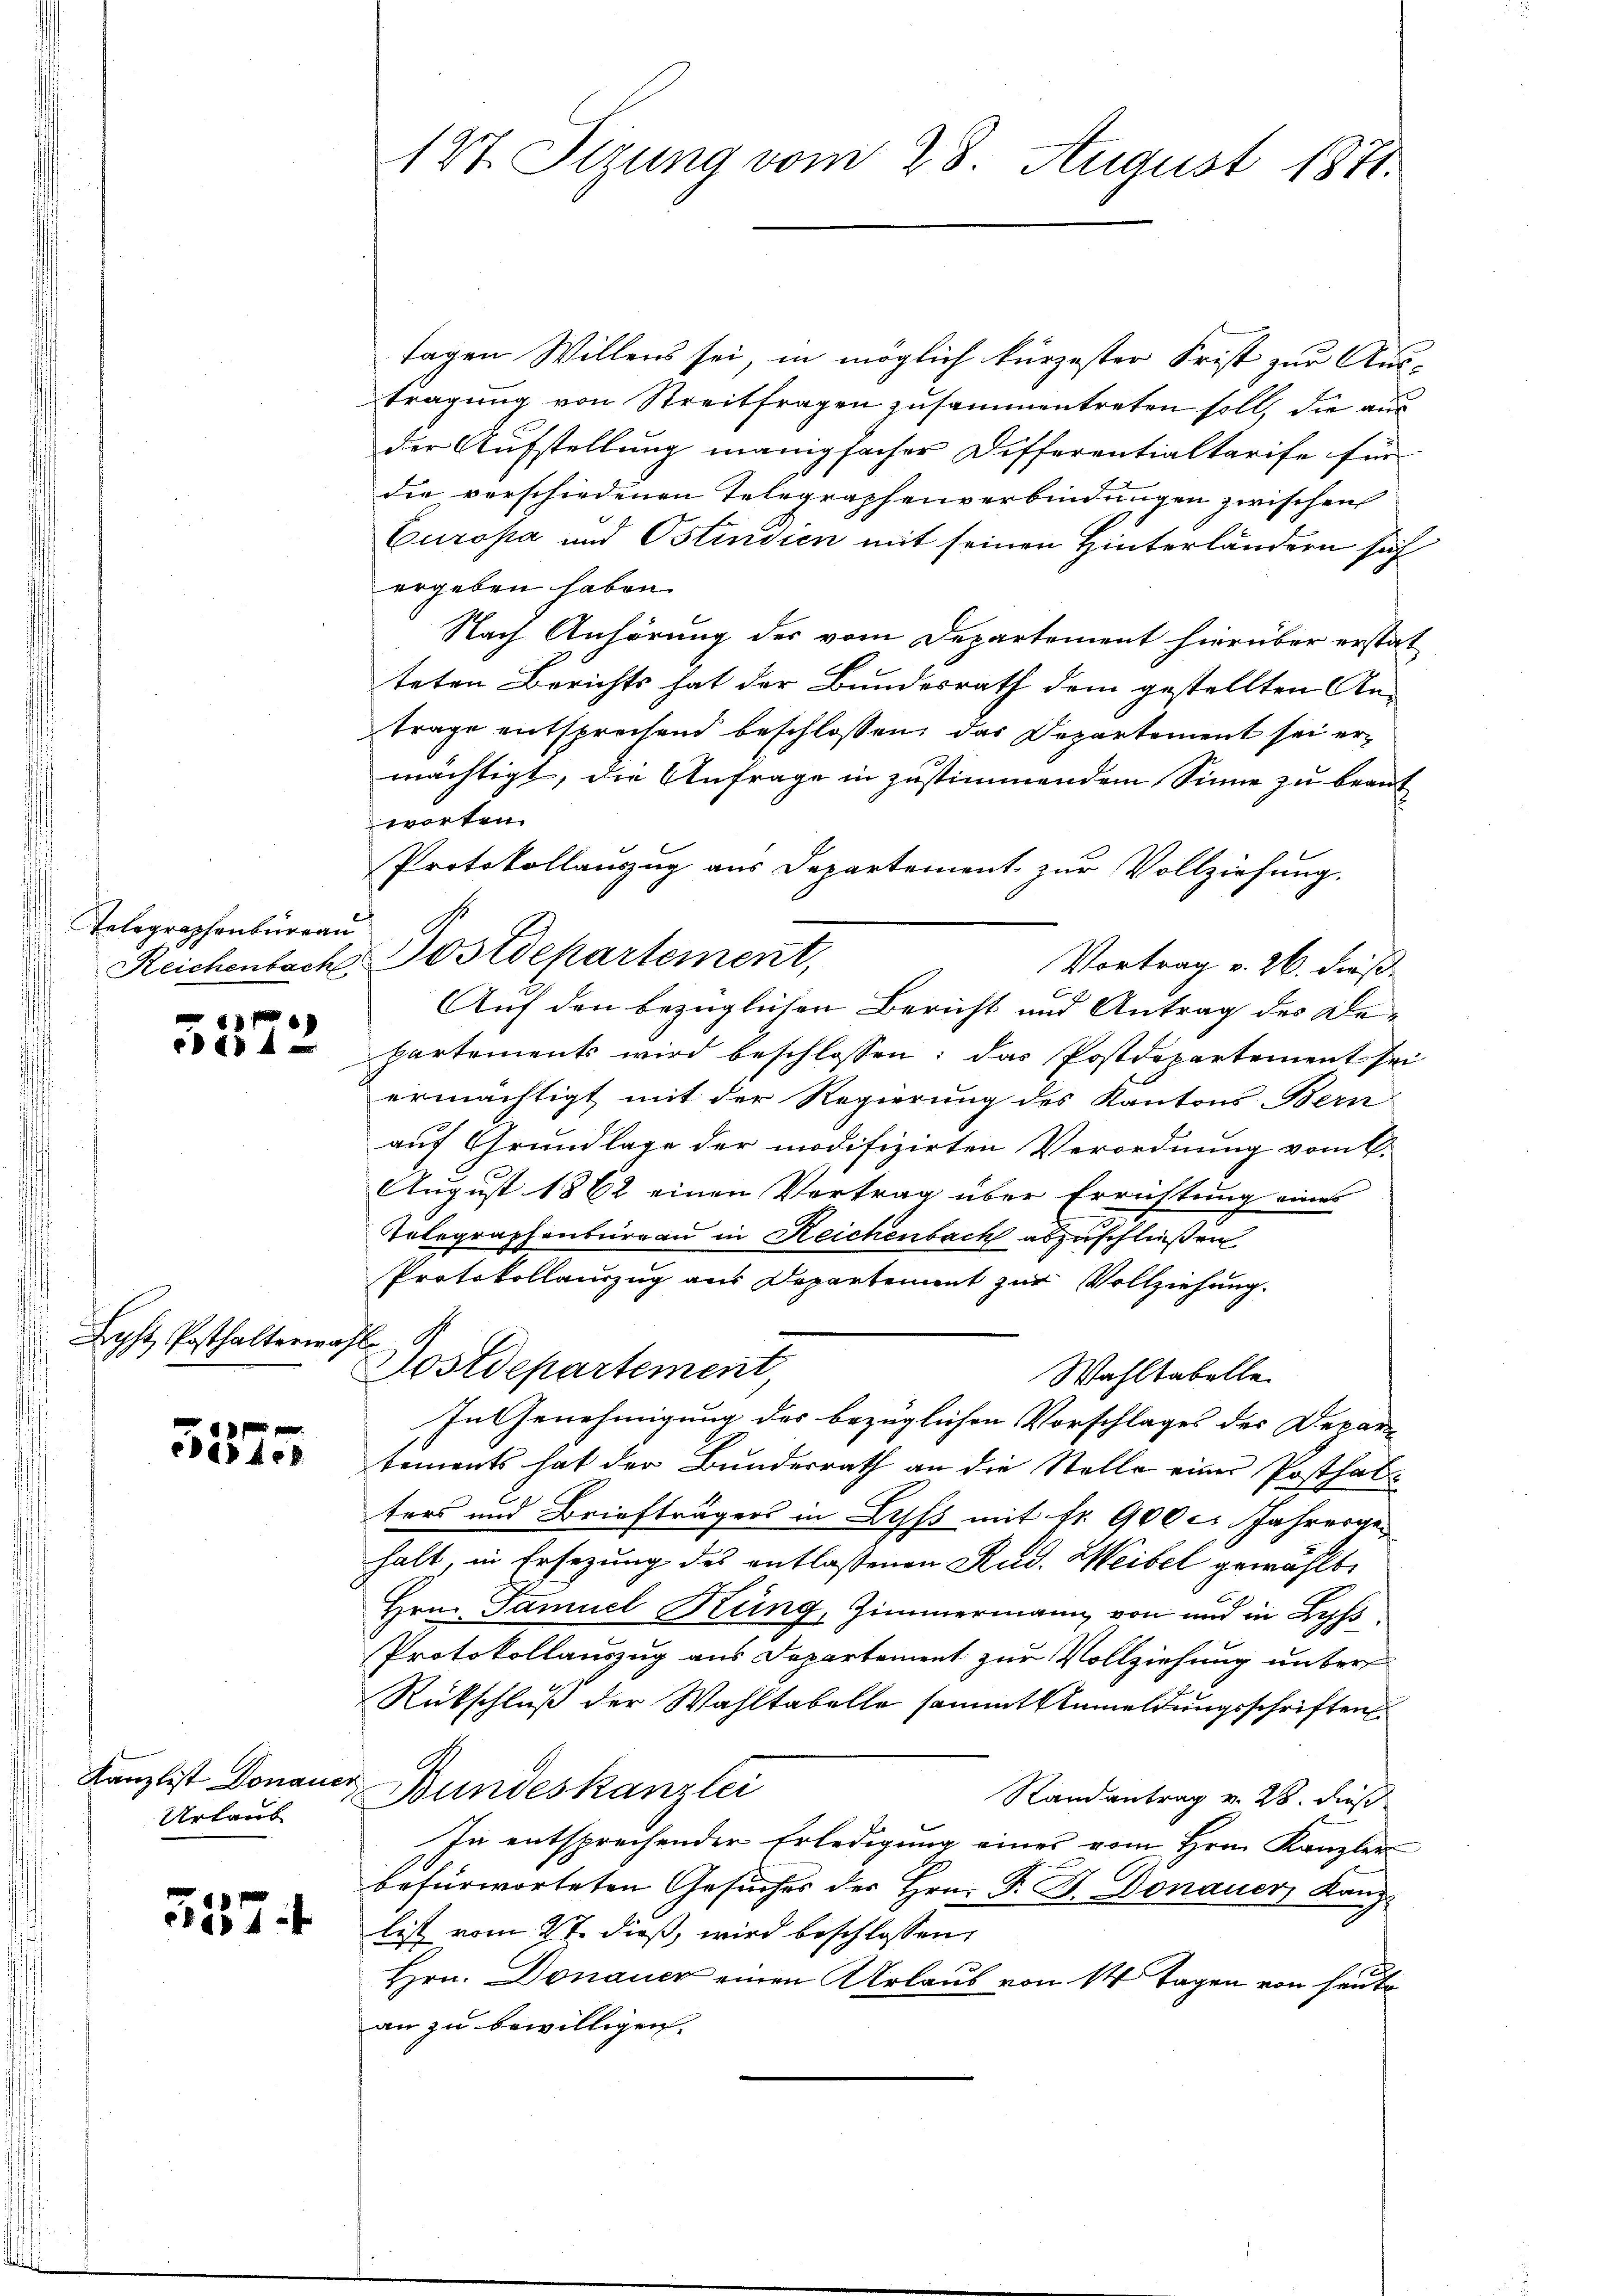
Telegraphenbureau
Reichenbach

« in A

Lyht Posthalterwah

8
ead Ack

Kanzlist Donauer
Urlaub

2574

¬

127. Sizung vom 28. August 1871.

tagen Willens sei, in möglich kürzester Frist zur Aus-
tragung von Streitfragen zusammentreten soll, die ausder Aufstellung manigfacher Differentialtarife für
die verschiedenen Telegraphenverbindungen zwischen
Europa und Ostindien mit seinen Hinterländern sich
ergeben haben.
Nach Anhörung des vom Departement hierüber erstat
teten Berichts hat der Bundesrath dem gestellten An-
trage entsprechend beschlossen, das Departement sei ermächtigt, die Anfrage in zustimmendem Sinne zu beant
worten.
Protokollauszug aus Departement zur Vollziehung.
Postdepartement,
Vortrag v. 26. dieß.
Auf den bezüglichen Bericht und Antrag des De-
partements wird beschlossen: das Postdepartement sei
ermächtigt mit der Regierung des Kantons Bern
auf Grundlage der modifizirten Verordnung vom V.
August 1862 einen Vertrag über Errichtung eines
Tolographenbureau in Reichenbach abzuschließen
Protokollauszug aus Departement zur Vollziehung.
s
Postdepartement,
Wahltabelle
In Genehmigung des bezüglichen Vorschlages des Depar-
tements hat der Bundesrath an die Stelle einer Posthalters und Briefträgers in Lipfs mit Nr. 900 c. Jahrergehalt, in Ersezung des entlassenen Rud. Weibel gewählt,
Hrn. Famuel Stung, Zimmermann von und in Lyfs¬
Protokollauszug aus Departement zur Vollziehung unter
Rückschluß der Wahltabelle sammt Anmeldungsschriften
Bundeskanzlei
Randantrag v. 28. dieß
In entsprechender Erledigung eines vom Hrn. Kanzler
befürworteten Gesuches der Hrn. F. B. Donauer Kanzlist vom 27. dieß, wird beschlossen:
Hrn. Donauer einen Urlaub von 14 Tagen von heute
an zu bewilligen.